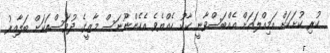
ކުރި ކުށަކަށް އަމިއްލައަށް އެއްބަސްވާނީ ކާކު ހެއްޔެވެ އެހެންނޫނަސް މާޒީގެ ދުވަސްތަކަށް ބަލާއިރު